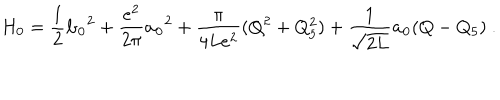
H _ { 0 } = \frac { 1 } { 2 } { \bf b _ { 0 } } ^ { 2 } + \frac { e ^ { 2 } } { 2 \pi } { \bf a _ { 0 } } ^ { 2 } + \frac { \pi } { 4 L e ^ { 2 } } ( Q ^ { 2 } + Q _ { 5 } ^ { 2 } ) + \frac { 1 } { \sqrt { 2 L } } { \bf a _ { 0 } } ( Q - Q _ { 5 } ) \ .